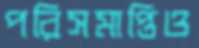
পরিসমাপ্তিও